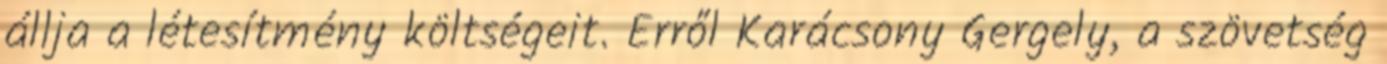
állja a létesítmény költségeit. Erről Karácsony Gergely, a szövetség